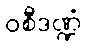
ဝစီဒဏ္ဍံ